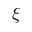
\xi